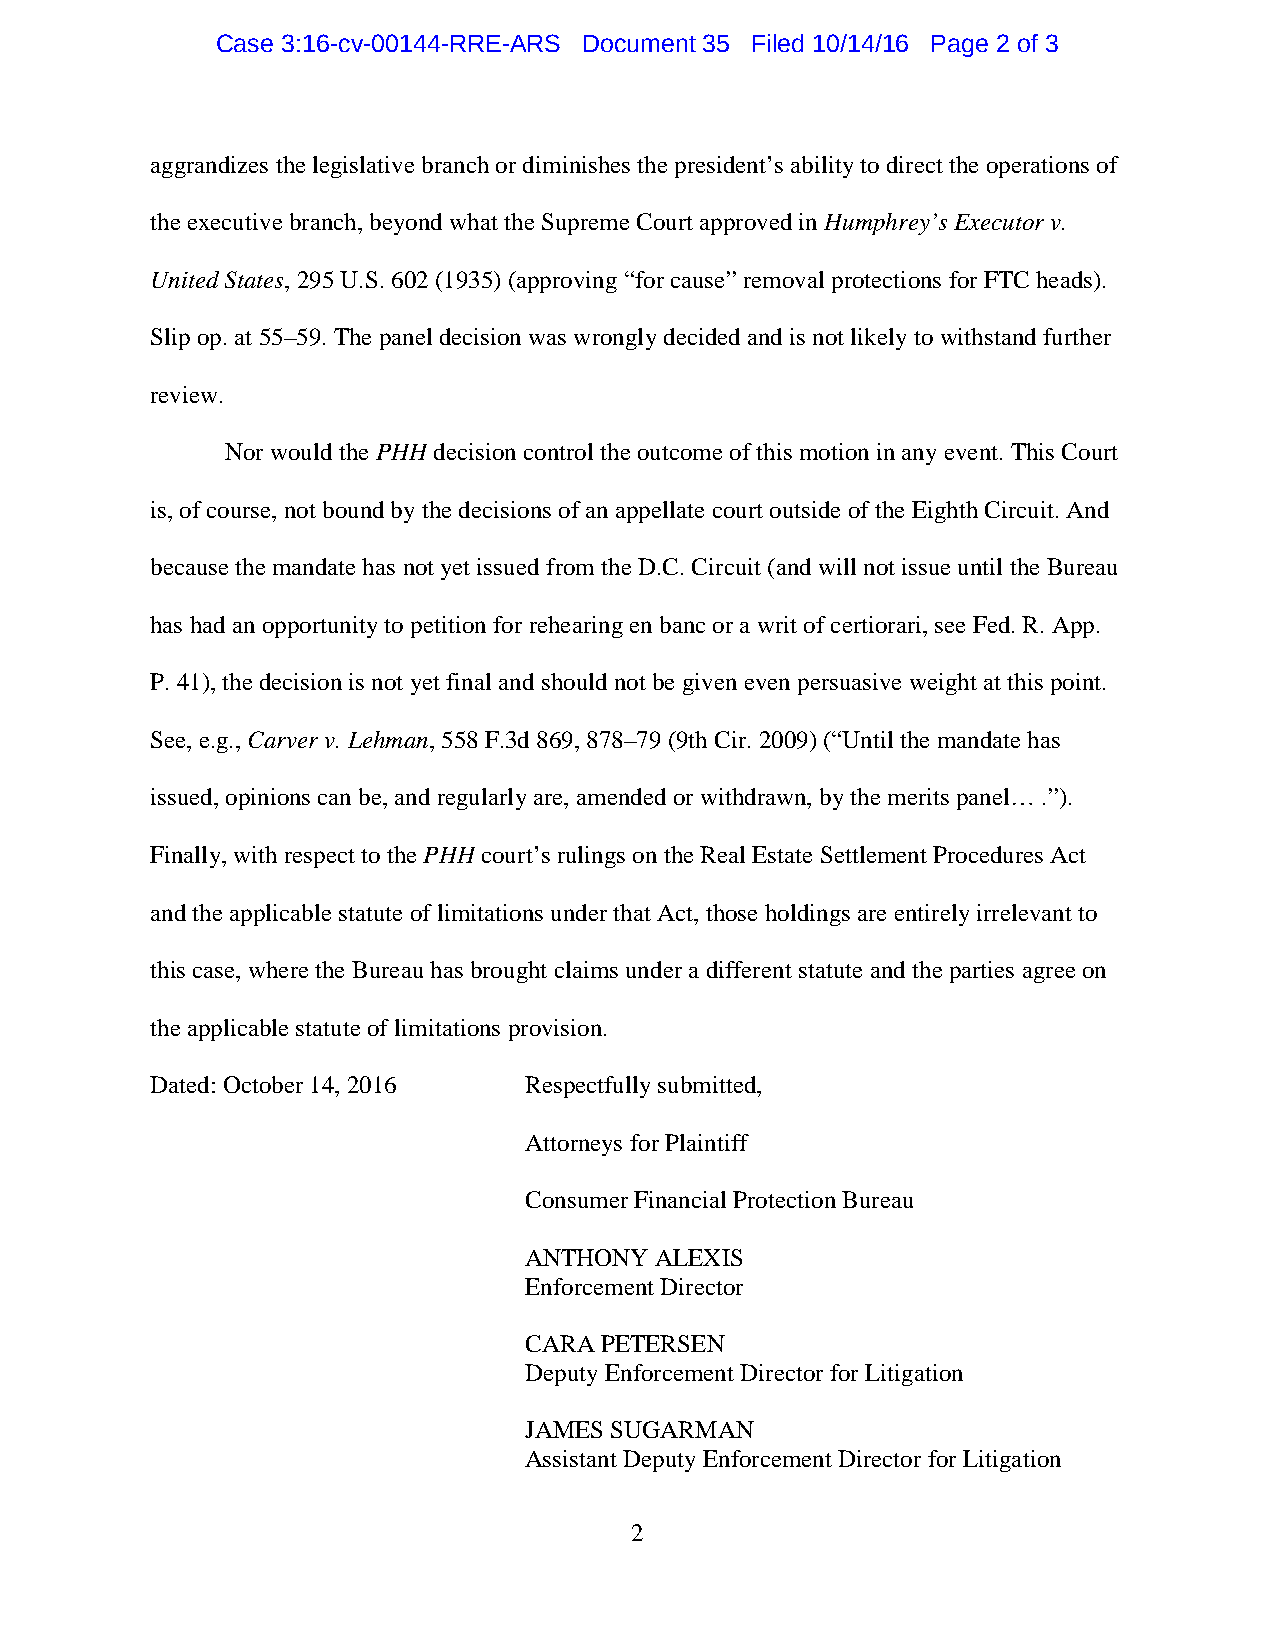
Case 3:16-cv-00144-RRE-ARS Document 35 Filed 10/14/16 Page 2 of 3
 aggrandizes the legislative branch or diminishes the president’s ability to direct the operations of
 the executive branch, beyond what the Supreme Court approved in Humphrey’s Executor v.
 United States, 295 U.S. 602 (1935) (approving “for cause” removal protections for FTC heads).
 Slip op. at 55–59. The panel decision was wrongly decided and is not likely to withstand further
 review.
 Nor would the PHH decision control the outcome of this motion in any event. This Court
 is, of course, not bound by the decisions of an appellate court outside of the Eighth Circuit. And
 because the mandate has not yet issued from the D.C. Circuit (and will not issue until the Bureau
 has had an opportunity to petition for rehearing en banc or a writ of certiorari, see Fed. R. App.
 P. 41), the decision is not yet final and should not be given even persuasive weight at this point.
 See, e.g., Carver v. Lehman, 558 F.3d 869, 878–79 (9th Cir. 2009) (“Until the mandate has
 issued, opinions can be, and regularly are, amended or withdrawn, by the merits panel… .”).
 Finally, with respect to the PHH court’s rulings on the Real Estate Settlement Procedures Act
 and the applicable statute of limitations under that Act, those holdings are entirely irrelevant to
 this case, where the Bureau has brought claims under a different statute and the parties agree on
 the applicable statute of limitations provision.
 Dated: October 14, 2016  Respectfully submitted,
 Attorneys for Plaintiff
 Consumer Financial Protection Bureau
 ANTHONY ALEXIS
 Enforcement Director
 CARA PETERSEN
 Deputy Enforcement Director for Litigation
 JAMES SUGARMAN
 Assistant Deputy Enforcement Director for Litigation
 2